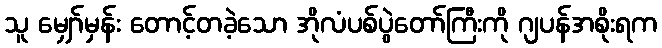
သူ မျှော်မှန်း တောင့်တခဲ့သော အိုလံပစ်ပွဲတော်ကြီးကို ဂျပန်အစိုးရက